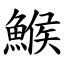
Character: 鯸